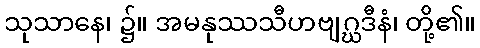
သုသာနေ၊ ၌။ အမနုဿသီဟဗျဂ္ဃဒီနံ၊ တို့၏။